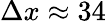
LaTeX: \Delta x\approx 34